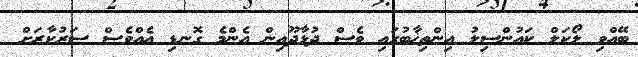
ބޭއްވި ލޯކަލް ކައުންސިލު އިންތިޚާބުގައި ވެސް ދުޅާދޫއިން އެންމެ ގޮނޑި އެއްވެސް ސަރުކާރަށް